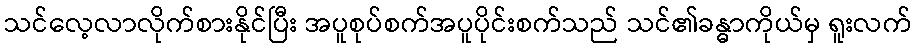
သင်လေ့လာလိုက်စားနိုင်ပြီး အပူစုပ်စက်အပူပိုင်းစက်သည် သင်၏ခန္ဓာကိုယ်မှ ရူးလက်